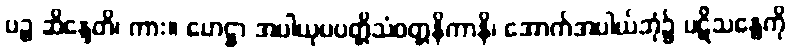
ပဉ္စ ဆိန္ဒေတိ၊ ကား။ ဟေဋ္ဌာ အပါယုပပတ္တိသံဝတ္တနိကာနိ၊ အောက်အပါယ်ဘုံ၌ ပဋိသန္ဓေကို